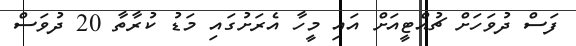
ފަސް ދުވަހަށް ޗުއްޓީއަށް އައި މީހާ އެރަށުގައި މަޑު ކުރާތާ 20 ދުވަސް